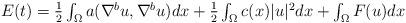
LaTeX: \begin{align*} \textstyle E(t)=\frac12\int_{\Omega}a(\nabla^{b}u,\nabla^{b}u)dx +\frac12\int_{\Omega}c(x)|u|^{2}dx +\int_{\Omega}F(u)dx\end{align*}